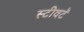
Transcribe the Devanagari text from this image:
स्टीवटॅ